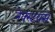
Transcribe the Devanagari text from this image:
नेक्स्टवंस